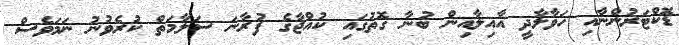
ޑޮކްޓަރުންނާއި ހަވާލާދީ އާއިލާއިން ބުނާ ގޮތުގައި ކުއްޖާގެ ފުރާނަ ސަލާމަތް ކުރެވުނު ނަމަވެސް